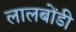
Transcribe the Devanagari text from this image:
लालबोंडी